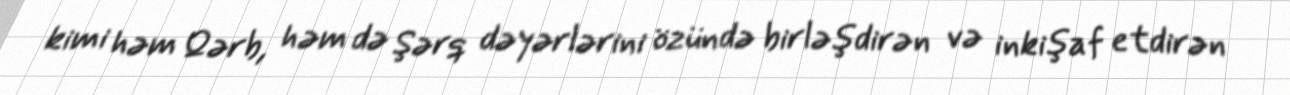
kimi həm Qərb, həm də Şərq dəyərlərini özündə birləşdirən və inkişaf etdirən